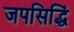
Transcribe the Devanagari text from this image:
जपसिद्धिं